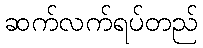
ဆက်လက်ရပ်တည်